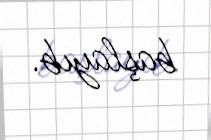
başlayıb.